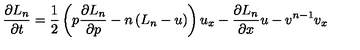
\frac { \partial L _ { n } } { \partial t } = \frac { 1 } { 2 } \left( p \frac { \partial L _ { n } } { \partial p } - n \left( L _ { n } - u \right) \right) u _ { x } - \frac { \partial L _ { n } } { \partial x } u - v ^ { n - 1 } v _ { x }